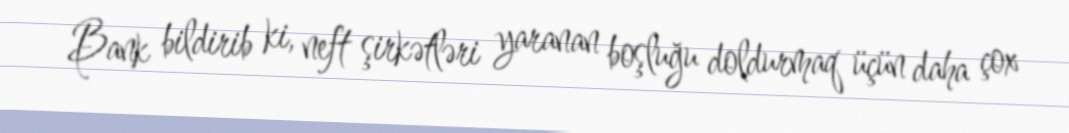
Bank bildirib ki, neft şirkətləri yaranan boşluğu doldurmaq üçün daha çox